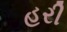
હરી